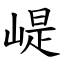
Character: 崼